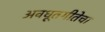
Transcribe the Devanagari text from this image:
अवधूतगीतेचा